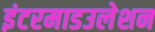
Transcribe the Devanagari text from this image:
इंटरमाडउलेशन